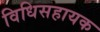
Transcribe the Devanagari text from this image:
विधिसहायक